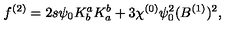
f ^ { ( 2 ) } = 2 s \psi _ { 0 } K _ { b } ^ { a } K _ { a } ^ { b } + 3 \chi ^ { ( 0 ) } \psi _ { 0 } ^ { 2 } ( B ^ { ( 1 ) } ) ^ { 2 } ,